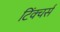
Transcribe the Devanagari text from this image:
टिंक्चर्स